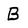
Character: B